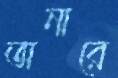
অনারে